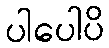
ပါပေါပိ